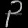
Digit: ၃